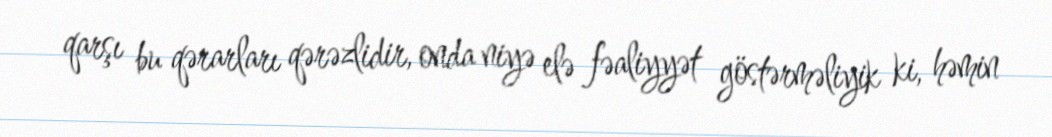
qarşı bu qərarları qərəzlidir, onda niyə elə fəaliyyət göstərməliyik ki, həmin